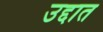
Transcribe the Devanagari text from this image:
उद्दात